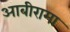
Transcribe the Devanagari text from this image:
आबीरामा